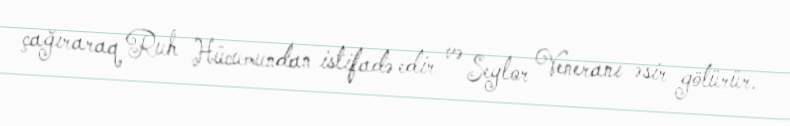
çağıraraq Ruh Hücumundan istifadə edir və Seylor Veneranı əsir götürür.